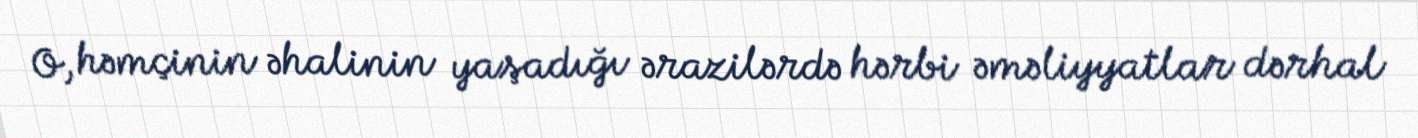
O, həmçinin əhalinin yaşadığı ərazilərdə hərbi əməliyyatlar dərhal